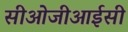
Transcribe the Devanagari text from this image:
सीओजीआईसी